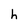
Character: h